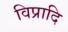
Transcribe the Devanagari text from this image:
विप्रादि